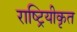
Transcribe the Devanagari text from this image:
राष्ट्रियीकृत